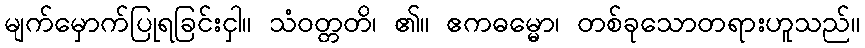
မျက်မှောက်ပြုရခြင်းငှါ။ သံဝတ္တတိ၊ ၏။ ဧကဓမ္မော၊ တစ်ခုသောတရားဟူသည်။